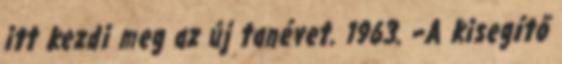
itt kezdi meg az új tanévet. 1963. –A kisegítő